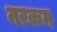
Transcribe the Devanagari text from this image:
नरकम